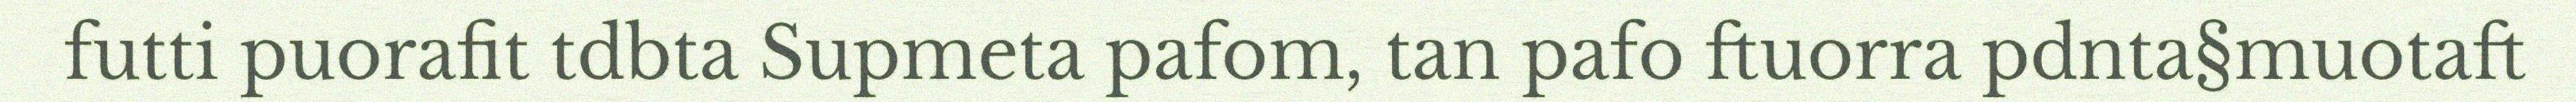
futti puorafit tdbta Supmeta pafom, tan pafo ftuorra pdnta§muotaft